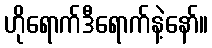
ဟိုရောက်ဒီရောက်နဲ့နော်။